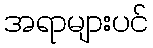
အရာများပင်